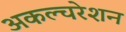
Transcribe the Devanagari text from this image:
अकल्चरेशन